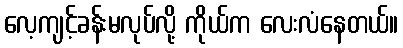
လေ့ကျင့်ခန်းမလုပ်လို့ ကိုယ်က လေးလံနေတယ်။